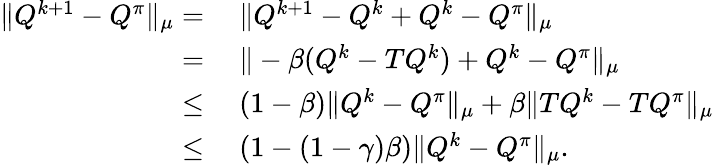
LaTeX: \begin{array}{rl}{\| Q^{k+1}-Q^{\pi}\| _{\mu}=}&{\ \| Q^{k+1}-Q^{k}+Q^{k}-Q^{\pi}\| _{\mu}}\\ {=}&{\ \| -\beta(Q^{k}-TQ^{k})+Q^{k}-Q^{\pi}\| _{\mu}}\\ {\leq}&{\ (1-\beta)\| Q^{k}-Q^{\pi}\| _{\mu}+\beta\| TQ^{k}-TQ^{\pi}\| _{\mu}}\\ {\leq}&{\ (1-(1-\gamma)\beta)\| Q^{k}-Q^{\pi}\| _{\mu}.}\end{array}